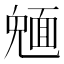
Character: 𩈠